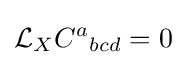
{\mathcal {L}}_{X}C^{a}{}_{bcd}=0